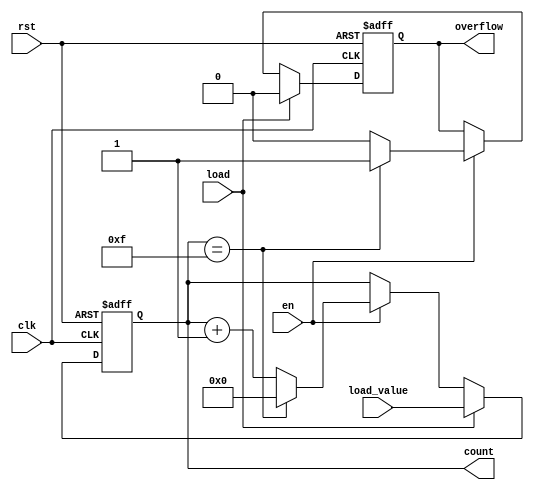
module MultiBitCounter #(
    parameter WIDTH = 4 // Parameter for bit width, default is 4 bits
) (
    input wire clk,         // Clock signal
    input wire rst,         // Asynchronous reset
    input wire en,          // Enable signal
    input wire load,        // Load signal
    input wire [WIDTH-1:0] load_value, // Value to load into the counter
    output reg [WIDTH-1:0] count, // Current counter value
    output reg overflow     // Overflow flag
);

    // Maximum value for the counter
    localparam MAX_COUNT = (1 << WIDTH) - 1;

    // Asynchronous reset and counting logic
    always @(posedge clk or posedge rst) begin
        if (rst) begin
            count <= 0;     // Reset the counter to 0
            overflow <= 0;  // Clear overflow flag
        end else if (load) begin
            count <= load_value; // Load the specified value
            overflow <= 0; // Clear overflow flag
        end else if (en) begin
            if (count == MAX_COUNT) begin
                count <= 0;   // Wrap around to 0
                overflow <= 1; // Set overflow flag
            end else begin
                count <= count + 1; // Increment the counter
                overflow <= 0; // Clear overflow flag
            end
        end
    end
endmodule